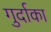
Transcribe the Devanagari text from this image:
गुर्दाका